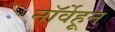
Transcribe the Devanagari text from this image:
नॉर्वेहून